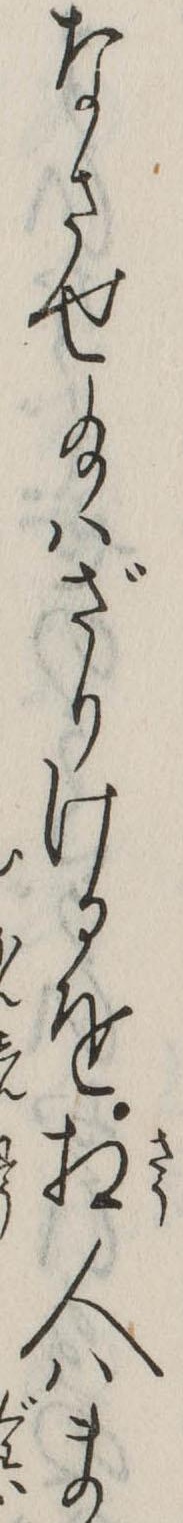
なさせ給はざりけるを相人はま